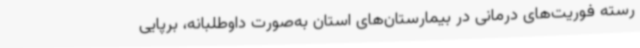
رسته فوریت‌های درمانی در بیمارستان‌های استان به‌صورت داوطلبانه، برپایی